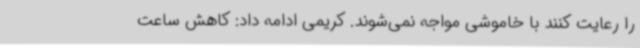
را رعایت کنند با خاموشی مواجه نمی‌شوند. کریمی ادامه داد: کاهش ساعت